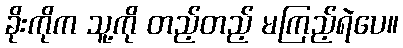
ခိုးကိုက သူ့ကို တည့်တည့် မကြည့်ရဲပေ။